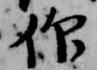
仰